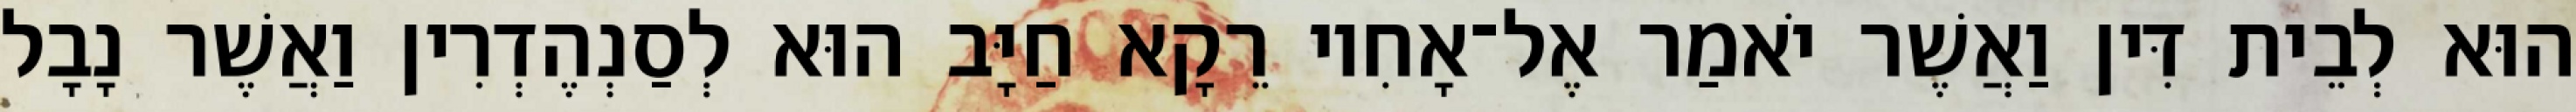
הוּא לְבֵית דִּין וַאֲשֶׁר יֹאמַר אֶל־אָחִיו רֵקָא חַיָּב הוּא לְסַנְהֶדְרִין וַאֲשֶׁר נָבָל